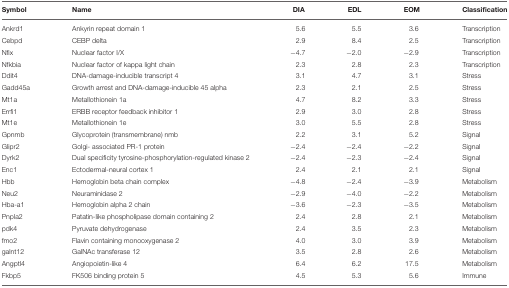
<table><thead><tr><td><b>Symbol</b></td><td><b>Name</b></td><td><b>DIA</b></td><td><b>EDL</b></td><td><b>EOM</b></td><td><b>Classification</b></td></tr></thead><tbody><tr><td>Ankrd1</td><td>Ankyrin repeat domain 1</td><td>5.6</td><td>5.5</td><td>3.6</td><td>Transcription</td></tr><tr><td>Cebpd</td><td>CEBP delta</td><td>2.9</td><td>8.4</td><td>2.5</td><td>Transcription</td></tr><tr><td>Nfix</td><td>Nuclear factor I/X</td><td>−4.7</td><td>−2.0</td><td>−2.9</td><td>Transcription</td></tr><tr><td>Nfkbia</td><td>Nuclear factor of kappa light chain</td><td>2.3</td><td>2.8</td><td>2.3</td><td>Transcription</td></tr><tr><td>Ddit4</td><td>DNA-damage-inducible transcript 4</td><td>3.1</td><td>4.7</td><td>3.1</td><td>Stress</td></tr><tr><td>Gadd45a</td><td>Growth arrest and DNA-damage-inducible 45 alpha</td><td>2.3</td><td>2.1</td><td>2.5</td><td>Stress</td></tr><tr><td>Mt1a</td><td>Metallothionein 1a</td><td>4.7</td><td>8.2</td><td>3.3</td><td>Stress</td></tr><tr><td>Errfi1</td><td>ERBB receptor feedback inhibitor 1</td><td>2.9</td><td>3.0</td><td>2.8</td><td>Stress</td></tr><tr><td>Mt1e</td><td>Metallothionein 1e</td><td>3.0</td><td>5.5</td><td>2.8</td><td>Stress</td></tr><tr><td>Gpnmb</td><td>Glycoprotein (transmembrane) nmb</td><td>2.2</td><td>3.1</td><td>5.2</td><td>Signal</td></tr><tr><td>Glipr2</td><td>Golgi- associated PR-1 protein</td><td>−2.4</td><td>−2.4</td><td>−2.2</td><td>Signal</td></tr><tr><td>Dyrk2</td><td>Dual specificity tyrosine-phosphorylation-regulated kinase 2</td><td>−2.4</td><td>−2.3</td><td>−2.4</td><td>Signal</td></tr><tr><td>Enc1</td><td>Ectodermal-neural cortex 1</td><td>2.4</td><td>2.1</td><td>2.1</td><td>Signal</td></tr><tr><td>Hbb</td><td>Hemoglobin beta chain complex</td><td>−4.8</td><td>−2.4</td><td>−3.9</td><td>Metabolism</td></tr><tr><td>Neu2</td><td>Neuraminidase 2</td><td>−2.9</td><td>−4.0</td><td>−2.2</td><td>Metabolism</td></tr><tr><td>Hba-a1</td><td>Hemoglobin alpha 2 chain</td><td>−3.6</td><td>−2.3</td><td>−3.5</td><td>Metabolism</td></tr><tr><td>Pnpla2</td><td>Patatin-like phospholipase domain containing 2</td><td>2.4</td><td>2.8</td><td>2.1</td><td>Metabolism</td></tr><tr><td>pdk4</td><td>Pyruvate dehydrogenase</td><td>2.4</td><td>3.5</td><td>2.3</td><td>Metabolism</td></tr><tr><td>fmo2</td><td>Flavin containing monooxygenase 2</td><td>4.0</td><td>3.0</td><td>3.9</td><td>Metabolism</td></tr><tr><td>galnt12</td><td>GalNAc transferase 12</td><td>3.5</td><td>2.8</td><td>2.6</td><td>Metabolism</td></tr><tr><td>Angptl4</td><td>Angiopoietin-like 4</td><td>6.4</td><td>6.2</td><td>17.5</td><td>Metabolism</td></tr><tr><td>Fkbp5</td><td>FK506 binding protein 5</td><td>4.5</td><td>5.3</td><td>5.6</td><td>Immune</td></tr></tbody></table>